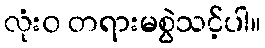
လုံး၀ တရားမစွဲသင့်ပါ။